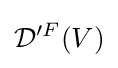
{\mathcal {D}}'^{F}(V)